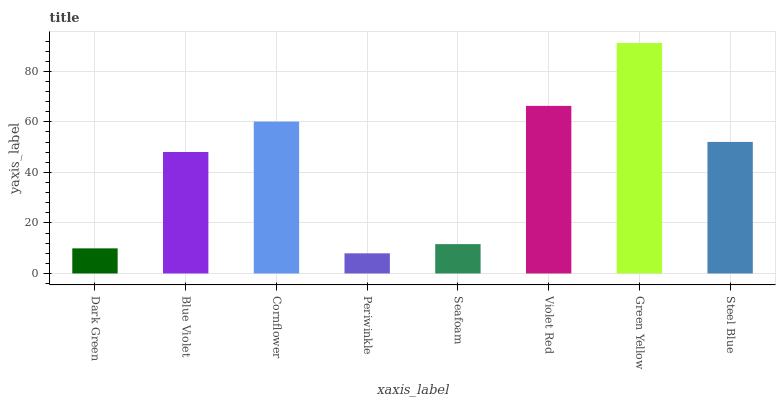
| xaxis_label | bars |
 | --- | --- |
 | Dark Green | 9.94 |
 | Blue Violet | 48.1 |
 | Cornflower | 60.1 |
 | Periwinkle | 7.97 |
 | Seafoam | 11.6 |
 | Violet Red | 66.3 |
 | Green Yellow | 91.2 |
 | Steel Blue | 52.1 |